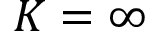
K = \infty